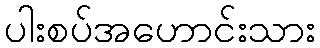
ပါးစပ်အဟောင်းသား